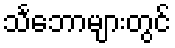
သင်္ဘောများတွင်